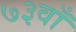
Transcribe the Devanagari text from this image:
७३वाँ